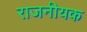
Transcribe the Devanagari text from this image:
राजनीयक